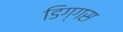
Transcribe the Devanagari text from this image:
डिग्गस